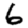
Digit: 6